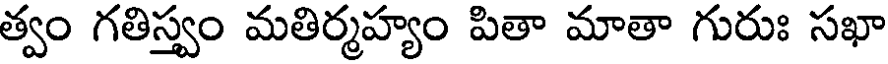
త్వం గతిస్త్వం మతిర్మహ్యం పితా మాతా గురుః సఖా